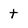
Character: t